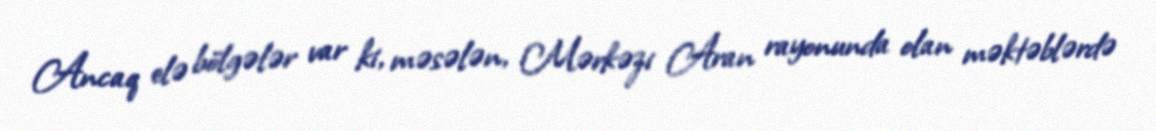
Ancaq elə bölgələr var ki, məsələn, Mərkəzi Aran rayonunda olan məktəblərdə